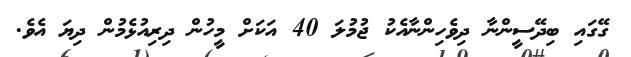
ގޭގައި ބިދޭސީންނާ ދިވެހިންނާއެކު ޖުމުލަ 40 އަކަށް މީހުން ދިރިއުޅެމުން ދިޔަ އެވެ.